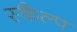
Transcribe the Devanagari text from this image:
स्कैल्प